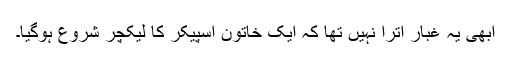
ابھی یہ غبار اترا نہیں تھا کہ ایک خاتون اسپیکر کا لیکچر شروع ہوگیا۔